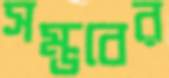
সম্ভবের